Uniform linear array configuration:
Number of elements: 48
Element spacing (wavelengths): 0.25
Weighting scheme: cosine
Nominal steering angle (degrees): -45
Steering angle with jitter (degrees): -45.164
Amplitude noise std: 0.05
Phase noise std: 0.05

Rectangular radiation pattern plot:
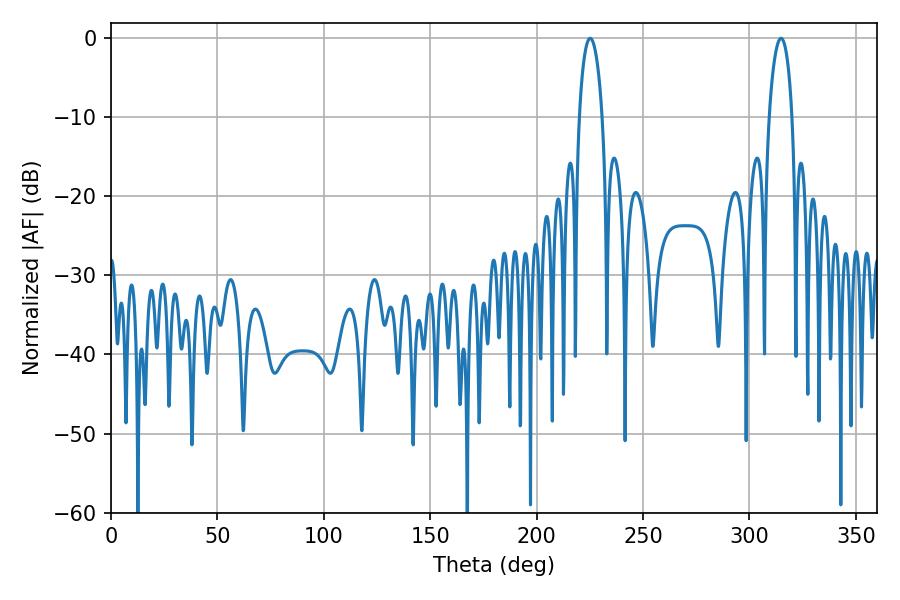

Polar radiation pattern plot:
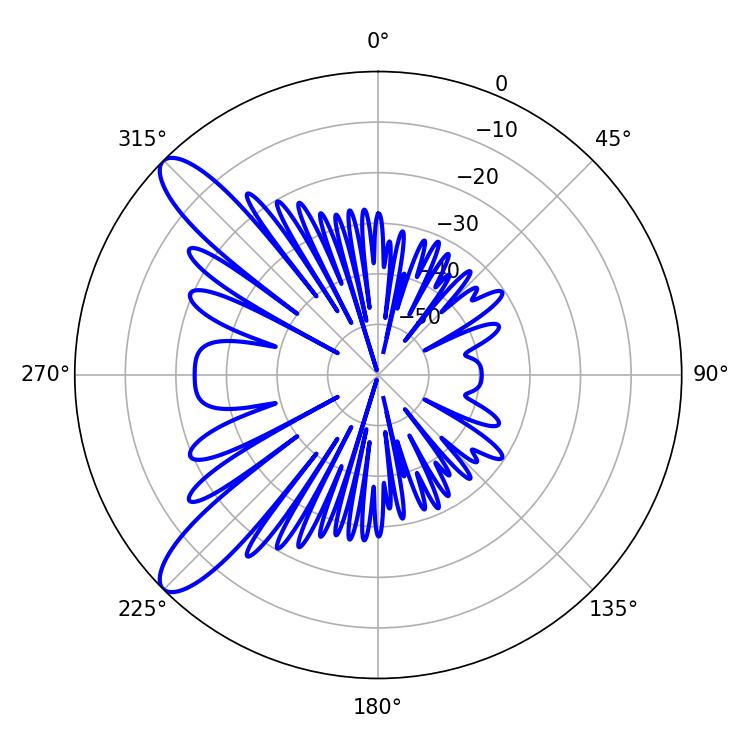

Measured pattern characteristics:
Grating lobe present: FALSE
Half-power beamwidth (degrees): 6.12
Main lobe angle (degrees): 225.18